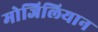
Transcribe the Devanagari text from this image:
मोजिलियान